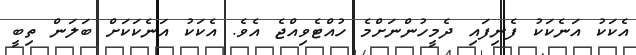
އެކަކު އަނެކަކު ފެނިފައި ދެމީހުންނަށްމެ ހުއްޓެވިއްޖެ އެވެ. އެކަކު އަނެކަކަށް ބަލަން ތިބީ